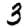
Digit: 3